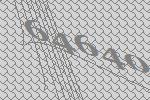
64640